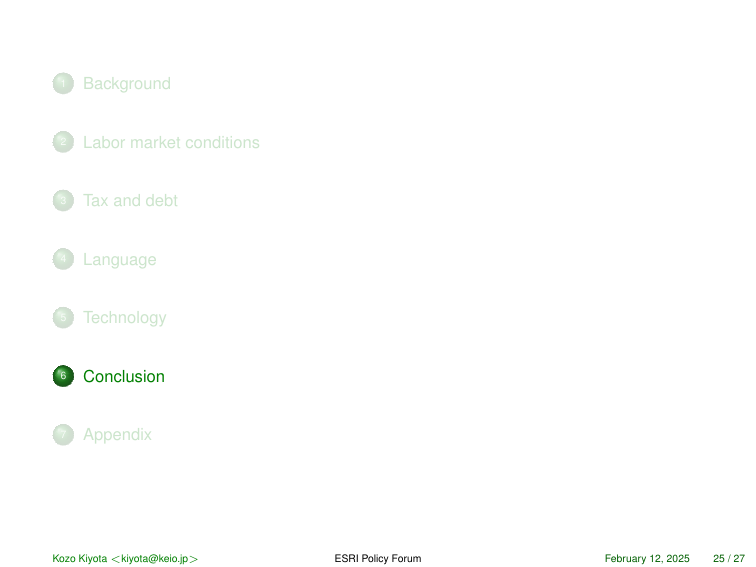
1 Background
2 Labor market conditions
3 Tax and debt
4 Language
5 Technology
6 Conclusion
7 Appendix

Kozo Kiyota <kiyota@keio.jp>
ESRI Policy Forum
February 12, 2025 25 / 27